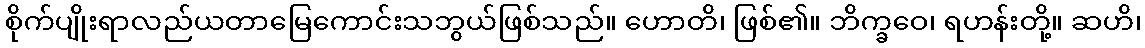
စိုက်ပျိုးရာလည်ယတာမြေကောင်းသဘွယ်ဖြစ်သည်။ ဟောတိ၊ ဖြစ်၏။ ဘိက္ခဝေ၊ ရဟန်းတို့။ ဆဟိ၊